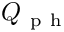
Q _ { \mathrm { ~ p ~ h ~ } }